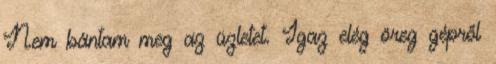
Nem bántam meg az üzletet. Igaz elég öreg gépről